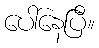
ပေါ်နေပြီ။